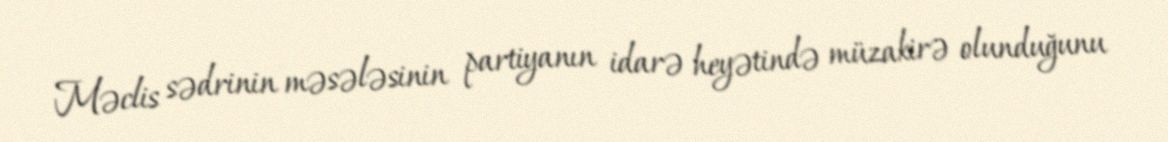
Məclis sədrinin məsələsinin partiyanın idarə heyətində müzakirə olunduğunu